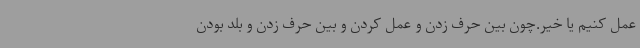
عمل کنیم یا خیر.چون بین حرف زدن و عمل کردن و بین حرف زدن و بلد بودن